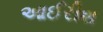
આઈરીશ